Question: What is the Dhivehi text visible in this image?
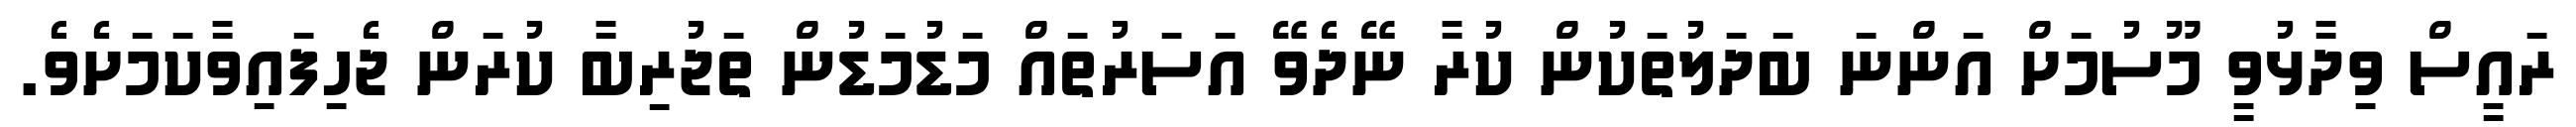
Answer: ރައީސް ވިދާޅުވީ މޫސުމަށް އަންނަ ބަދަލުތަކުން ކުރާ ނޭދެވޭ އަސަރުތައް މަޑުމަޑުން ތަޖުރިބާ ކުރަން ޖެހިފައިވާކަމަށެވެ.